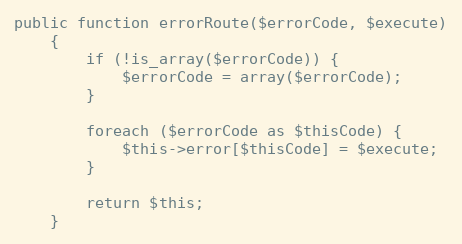
Language: PHP
public function errorRoute($errorCode, $execute)
    {
        if (!is_array($errorCode)) {
            $errorCode = array($errorCode);
        }

        foreach ($errorCode as $thisCode) {
            $this->error[$thisCode] = $execute;
        }

        return $this;
    }